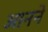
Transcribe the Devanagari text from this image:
आनने